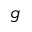
g